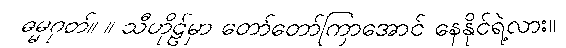
ဓမ္မဂုတ်။ ။ သီဟိုဠ်မှာ တော်တော်ကြာအောင် နေနိုင်ရဲ့လား။